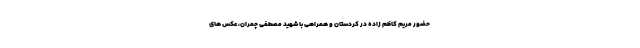
حضور مریم کاظم زاده در کردستان و همراهی با شهید مصطفی چمران، عکس های